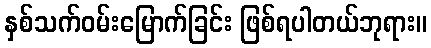
နှစ်သက်ဝမ်းမြောက်ခြင်း ဖြစ်ရပါတယ်ဘုရား။